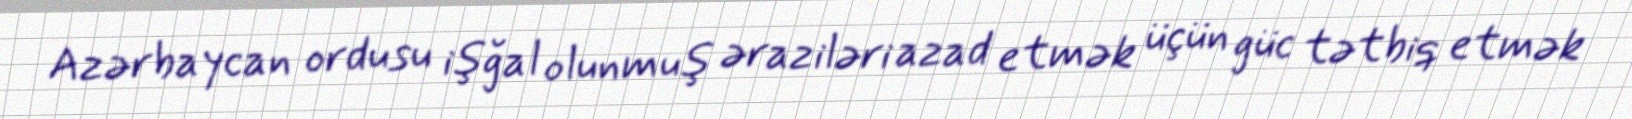
Azərbaycan ordusu işğal olunmuş əraziləri azad etmək üçün güc tətbiq etmək